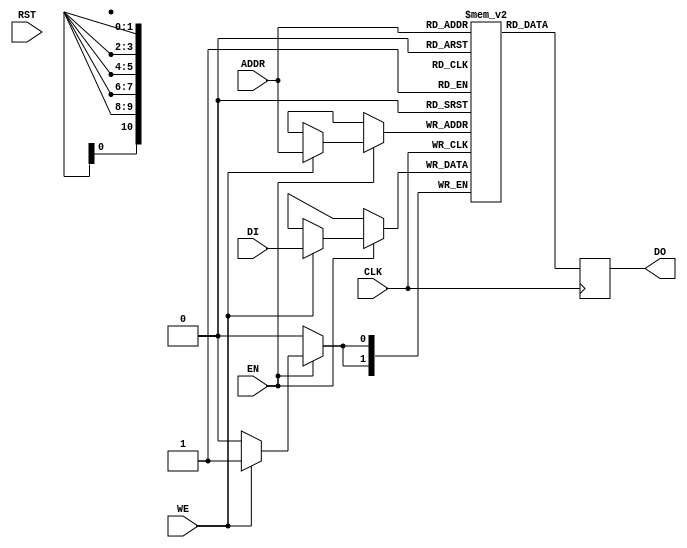
// RAMB4K_S2.v
// 31 May 2014
// 2k x 2 block RAM for Altera
// Adapted from MIPS RAMB4_S1 Xilinx RAM

//
//	RAMB4_S1: Generic xilinx RAM model
//
//	$Id: \$
//	mips_repository_id: RAMB4_S1.v, v 3.3 
//


//      	mips_start_of_legal_notice
//      	**********************************************************************
//		
//	Copyright (c) 2019 MIPS Tech, LLC, 300 Orchard City Dr., Suite 170, 
//	Campbell, CA 95008 USA.  All rights reserved.
//	This document contains information and code that is proprietary to 
//	MIPS Tech, LLC and MIPS' affiliates, as applicable, ("MIPS").  If this 
//	document is obtained pursuant to a MIPS Open license, the sole 
//	licensor under such license is MIPS Tech, LLC. This document and any 
//	information or code therein are protected by patent, copyright, 
//	trademarks and unfair competition laws, among others, and are 
//	distributed under a license restricting their use. MIPS has 
//	intellectual property rights, including patents or pending patent 
//	applications in the U.S. and in other countries, relating to the 
//	technology embodied in the product that is described in this document. 
//	Any distribution release of this document may include or be 
//	accompanied by materials developed by third parties. Any copying, 
//	reproducing, modifying or use of this information (in whole or in part) 
//	that is not expressly permitted in writing by MIPS or an authorized 
//	third party is strictly prohibited.  Any document provided in source 
//	format (i.e., in a modifiable form such as in FrameMaker or 
//	Microsoft Word format) may be subject to separate use and distribution 
//	restrictions applicable to such document. UNDER NO CIRCUMSTANCES MAY A 
//	DOCUMENT PROVIDED IN SOURCE FORMAT BE DISTRIBUTED TO A THIRD PARTY IN 
//	SOURCE FORMAT WITHOUT THE EXPRESS WRITTEN PERMISSION OF, OR LICENSED 
//	FROM, MIPS.  MIPS reserves the right to change the information or code 
//	contained in this document to improve function, design or otherwise.  
//	MIPS does not assume any liability arising out of the application or 
//	use of this information, or of any error or omission in such 
//	information. DOCUMENTATION AND CODE ARE PROVIDED "AS IS" AND ANY 
//	WARRANTIES, WHETHER EXPRESS, STATUTORY, IMPLIED OR OTHERWISE, 
//	INCLUDING BUT NOT LIMITED TO THE IMPLIED WARRANTIES OF MERCHANTABILITY, 
//	FITNESS FOR A PARTICULAR PURPOSE OR NON-INFRINGEMENT, ARE EXCLUDED, 
//	EXCEPT TO THE EXTENT THAT SUCH DISCLAIMERS ARE HELD TO BE LEGALLY 
//	INVALID IN A COMPETENT JURISDICTION. Except as expressly provided in 
//	any written license agreement from MIPS or an authorized third party, 
//	the furnishing or distribution of this document does not give recipient 
//	any license to any intellectual property rights, including any patent 
//	rights, that cover the information in this document.  
//	Products covered by, and information or code, contained this document 
//	are controlled by U.S. export control laws and may be subject to the 
//	expert or import laws in other countries. The information contained 
//	in this document shall not be exported, reexported, transferred, or 
//	released, directly or indirectly, in violation of the law of any 
//	country or international law, regulation, treaty, executive order, 
//	statute, amendments or supplements thereto. Nuclear, missile, chemical 
//	weapons, biological weapons or nuclear maritime end uses, whether 
//	direct or indirect, are strictly prohibited.  Should a conflict arise 
//	regarding the export, reexport, transfer, or release of the information 
//	contained in this document, the laws of the United States of America 
//	shall be the governing law.  
//	U.S Government Rights - Commercial software.  Government users are 
//	subject to the MIPS Tech, LLC standard license agreement and applicable 
//	provisions of the FAR and its supplements.
//	MIPS and MIPS Open are trademarks or registered trademarks of MIPS in 
//	the United States and other countries.  All other trademarks referred 
//	to herein are the property of their respective owners.  
//      
//      
//	**********************************************************************
//	mips_end_of_legal_notice
//      
////////////////////////////////////////////////////////////////////////////////


`timescale 100ps/1ps
module RAMB4K_S2(WE, EN, RST, CLK, ADDR, DI, DO);
    input		WE;
    input		EN;
    input		RST;
    input		CLK;
    input	 [10:0]	ADDR;
    input	  [1:0]	DI;
    output	  [1:0]	DO;

    reg		  [1:0]	mem[0:2047];
    reg		  [1:0]	DO;

    always @(posedge CLK) begin
      DO <= #1 mem[ADDR];
      if (EN)
        begin
	       if (WE)
	        mem[ADDR] <=#1  DI;
        end
    end
endmodule